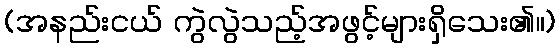
(အနည်းငယ် ကွဲလွဲသည့်အဖွင့်များရှိသေး၏။)